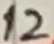
Text: 12